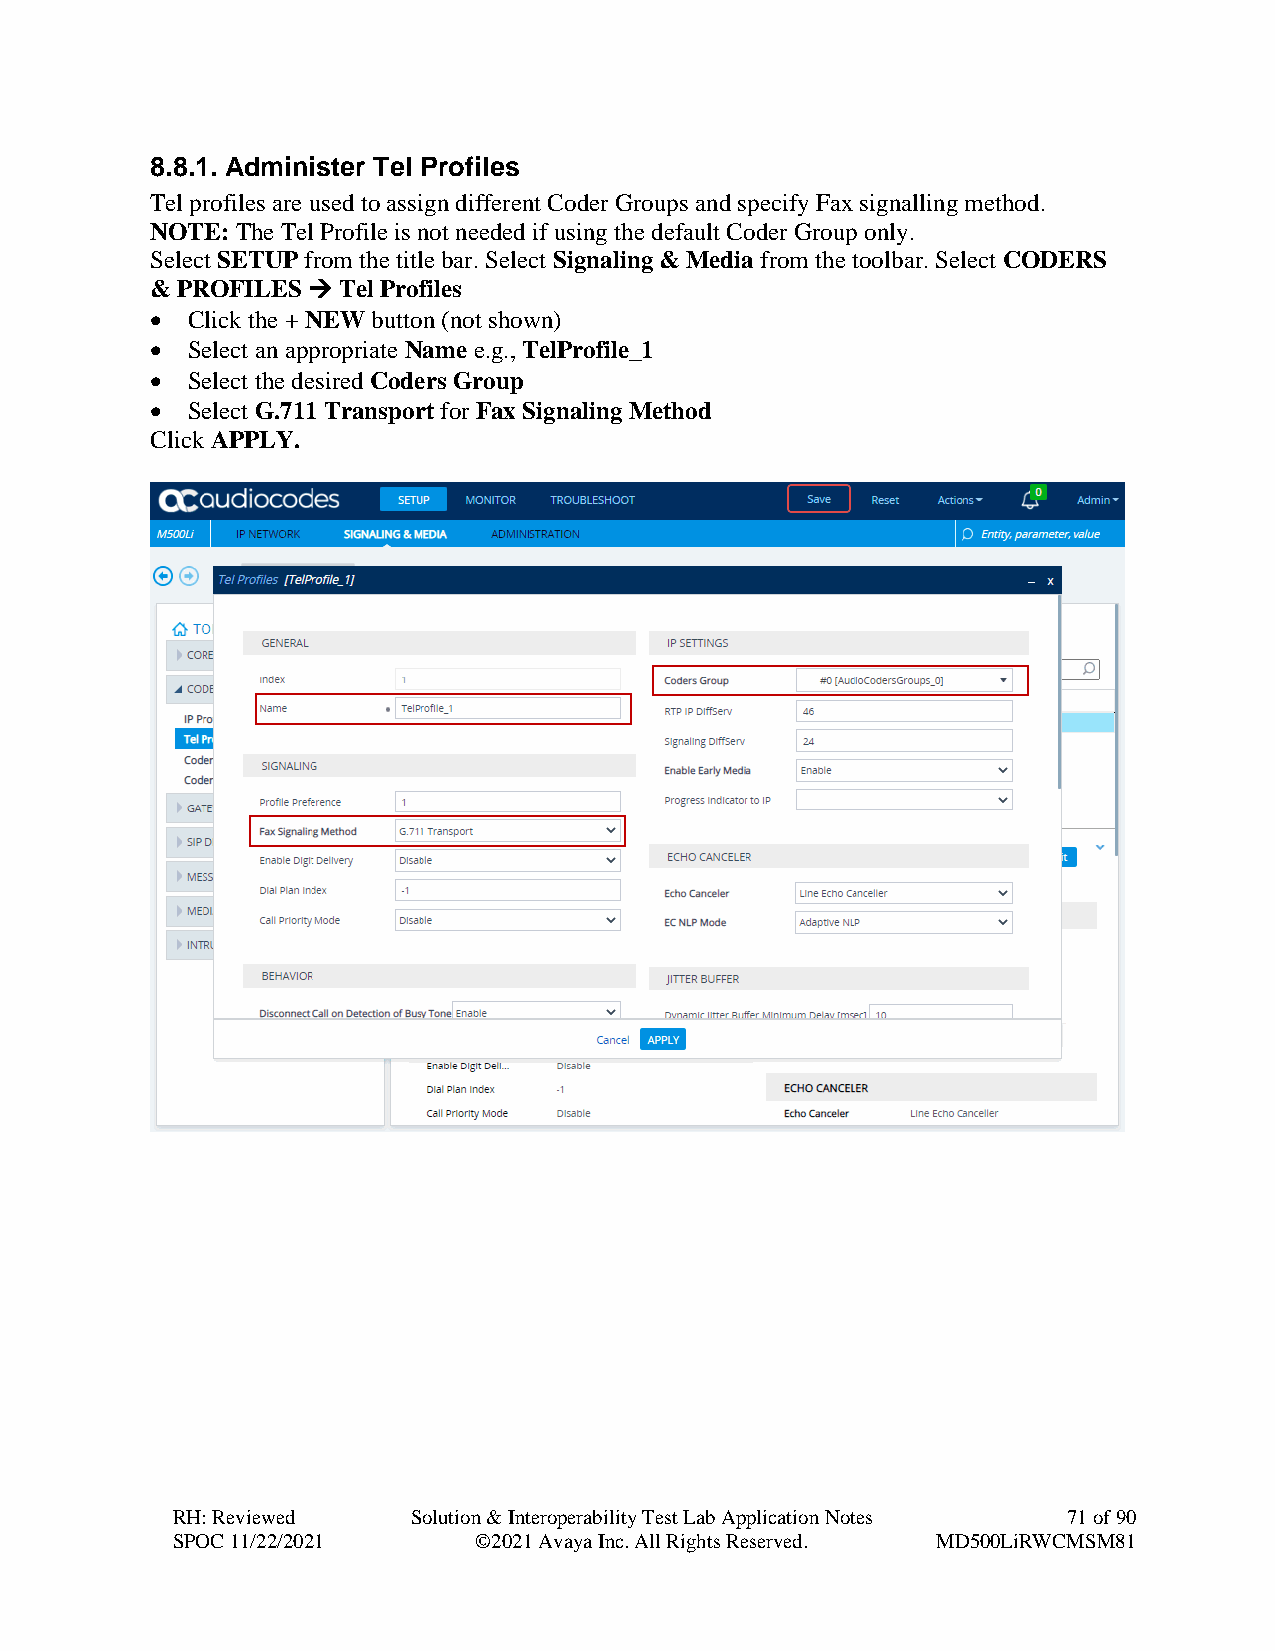
8.8.1. Administer Tel Profiles
 Tel profiles are used to assign different Coder Groups and specify Fax signalling method.
 NOTE: The Tel Profile is not needed if using the default Coder Group only.
 Select SETUP from the title bar. Select Signaling & Media from the toolbar. Select CODERS
 & PROFILES → Tel Profiles
 • Click the + NEW button (not shown)
 • Select an appropriate Name e.g., TelProfile_1
 • Select the desired Coders Group
 • Select G.711 Transport for Fax Signaling Method
 Click APPLY.
 RH: Reviewed    Solution & Interoperability Test Lab Application Notes 71 of 90
 SPOC 11/22/2021     ©2021 Avaya Inc. All Rights Reserved. MD500LiRWCMSM81